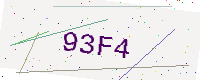
Text: 93F4